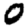
Digit: 0